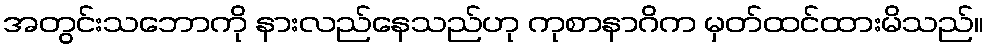
အတွင်းသဘောကို နားလည်နေသည်ဟု ကုစာနာဂိက မှတ်ထင်ထားမိသည်။